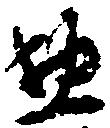
惣